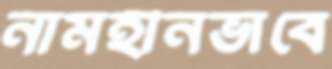
নামহীনভাবে